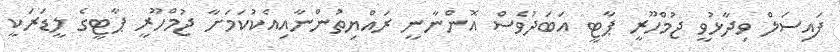
ފައިސަލް ވިދާޅުވީ ޖުމްހޫރީ ޕާޓީ އަބަދުވެސް އޮންނާނީ ރައްޔިތުންނާއިއެކުކަމަށާ ޖުމްހޫރީ ޕާޓީގެ ލީޑަރަކީ